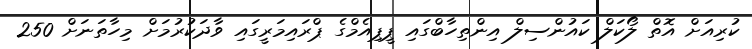
ކުރިއަށް އޮތް ލޯކަލް ކައުންސިލް އިންތިހާބްގައި ޕީޕިއެމްގެ ޕްރައިމަރީގައި ވާދަކުރުމަށް މިހާތަނަށް 250